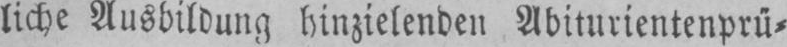
liche Ausbildung hinzielenden Abiturientenprü⸗